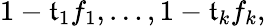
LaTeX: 1-\mathfrak{t}_{1}f_{1},\ldots,1-\mathfrak{t}_{k}f_{k},